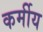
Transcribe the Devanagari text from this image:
कर्मीय